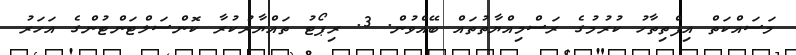
މަސައްކަތް އިފްތިތާހު ކުރުމުގެ ރަސްމިއްޔާތުތައް ބޭއްވުން. 3. ރިޕޯޓު ތައްޔާރުކުރާ ކޮންސަލްޓަންޓުންގެ އަހަރު